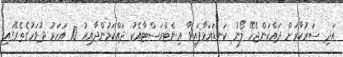
އަދި ސަރުކާރަށް ދައްކަންޖެހޭ ލޯނު ކަނޑައަޅާފައިވާ އިންޓްރަސްޓާއެކު ދައްކަމުންދާއިރު 10 އަހަރު ދުވަހުގެތެރޭގައި